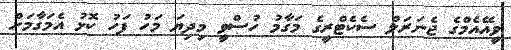
ވީއޭއެމްގެ ޖެނަރަލް ސެކެޓްރީގެ މަގާމު ހުސްވީ މިދިޔަ މަހު ފަހު ކޮޅު އެމަގާމަށް